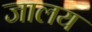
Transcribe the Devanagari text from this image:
जालय